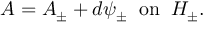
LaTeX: A = A _ { \pm } + d \psi _ { \pm } \; \; \mathrm { o n } \; \; H _ { \pm } .